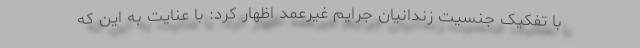
با تفکیک جنسیت زندانیان جرایم غیرعمد اظهار کرد: با عنایت به این که